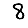
Digit: 8